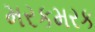
મરકમરક